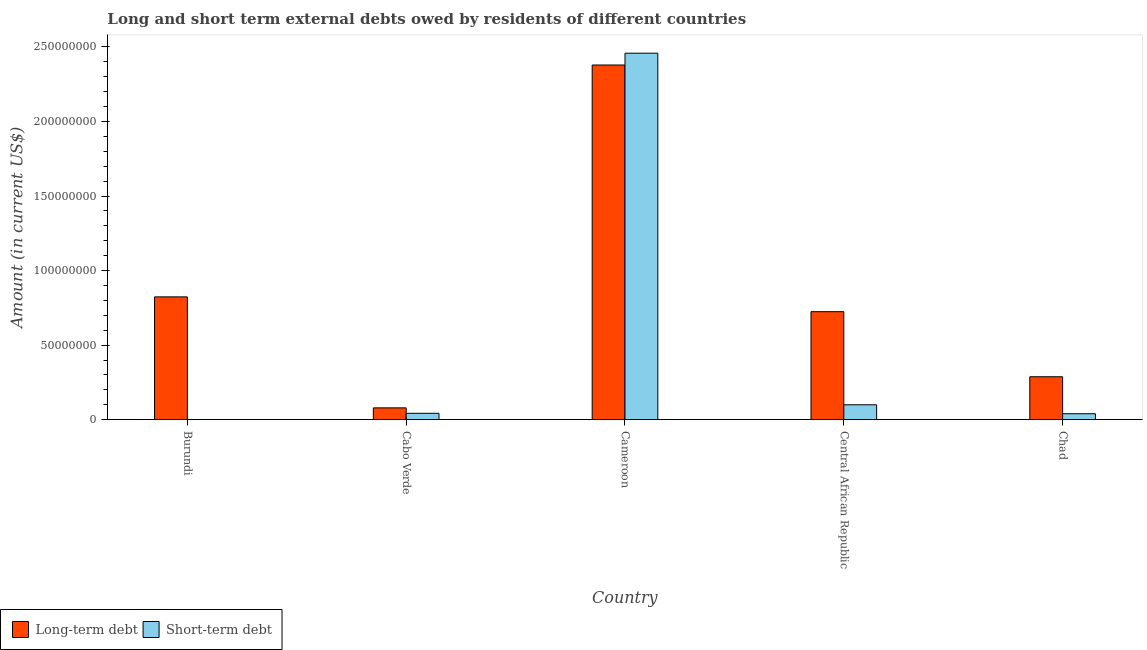
| Country | Long-term debt | Short-term debt |
 | --- | --- | --- |
 | Burundi | 8.24e+07 | -8e+06 |
 | Cabo Verde | 7.93e+06 | 4.29e+06 |
 | Cameroon | 2.38e+08 | 2.46e+08 |
 | Central African Republic | 7.24e+07 | 1e+07 |
 | Chad | 2.88e+07 | 4e+06 |